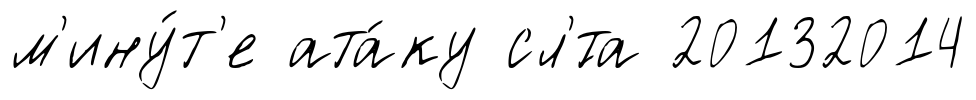
м'ину́т'е ата́ку сл'́та 20132014